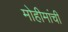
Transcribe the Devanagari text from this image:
मोहीमांची